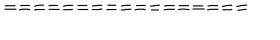
LaTeX: = = = = = = = = = = = = = = = = =